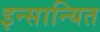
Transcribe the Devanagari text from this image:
इन्सान्यित